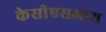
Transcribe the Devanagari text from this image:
केसीएसआय